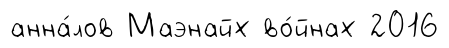
анна́лов Маэнайх во́йнах 2016